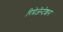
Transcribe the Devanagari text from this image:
रिप्रेज़ेन्टेशन